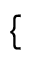
\mathopen { } \mathclose \bgroup \left\{ \begin{array} { r l } \end{array} \aftergroup \egroup \right.